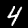
Label: 4